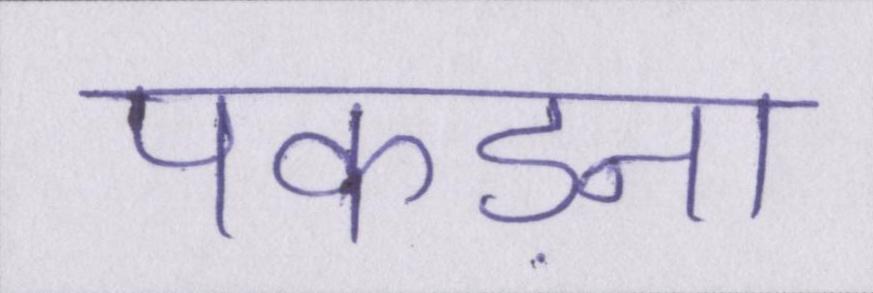
पकड़ना